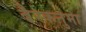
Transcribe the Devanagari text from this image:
बैरकनुमा